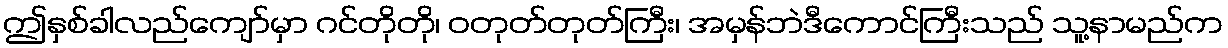
ဤနှစ်ခါလည်ကျော်မှာ ဂင်တိုတို၊ ဝတုတ်တုတ်ကြီး၊ အမှန်ဘဲဒီကောင်ကြီးသည် သူ့နာမည်က